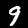
Digit: 9